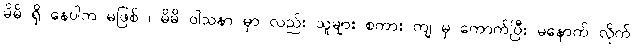
မိမိ ရှိ နေပါက မဖြစ် ၊ မိမိ ဝါသနာ မှာ လည်း သူများ စကား ကျ မှ ကောက်ပြီး မနောက် လိုက်